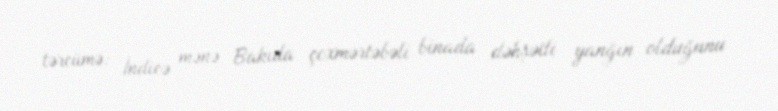
tərcümə: İndicə mənə Bakıda çoxmərtəbəli binada dəhşətli yanğın olduğunu